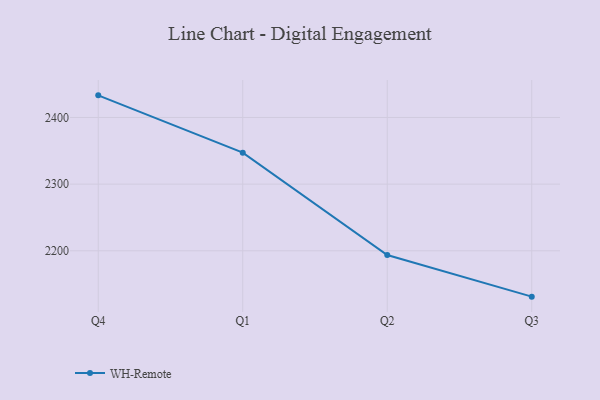
{"axis": {"x": "Quarter", "y": "Latency (ms)"}, "legend": ["WH-Remote"], "data": [{"x": "Q4", "y": 2433.2, "type": "WH-Remote"}, {"x": "Q1", "y": 2347.2, "type": "WH-Remote"}, {"x": "Q2", "y": 2193.7, "type": "WH-Remote"}, {"x": "Q3", "y": 2131.2, "type": "WH-Remote"}]}